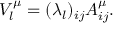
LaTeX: V _ { l } ^ { \mu } = ( \lambda _ { l } ) _ { i j } A _ { i j } ^ { \mu } .